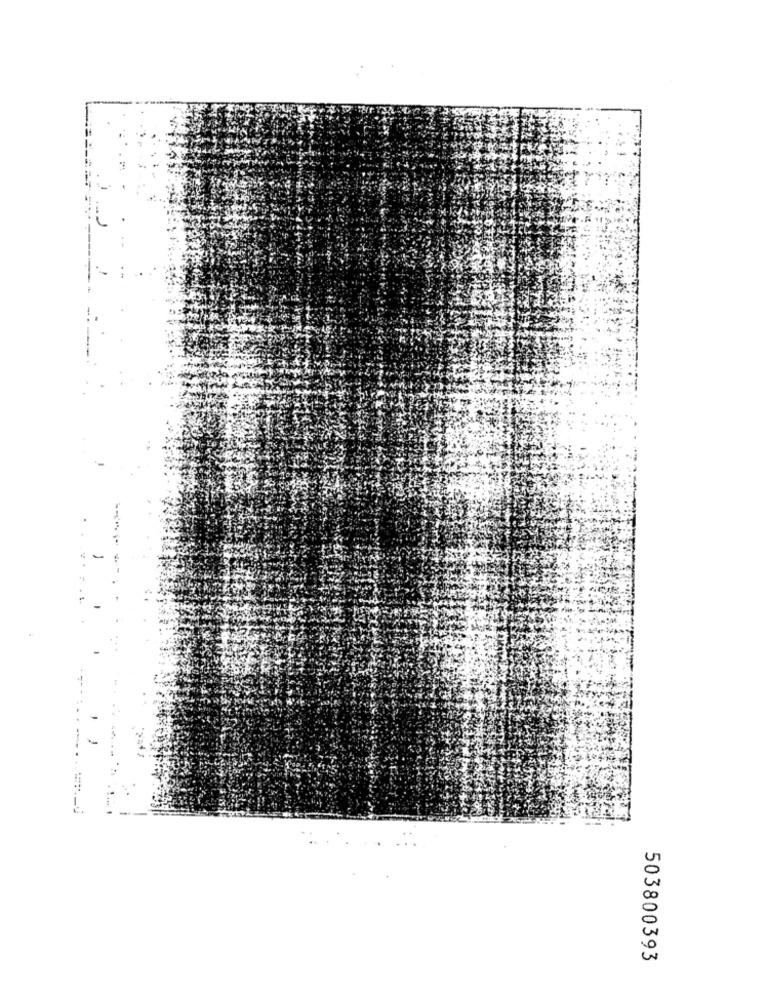
503800393